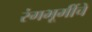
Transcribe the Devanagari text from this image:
रंगभूमींचे